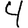
Digit: 4